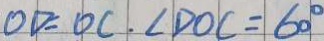
O D = O C . \angle D O C = 6 0 ^ { \circ }